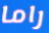
راما